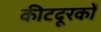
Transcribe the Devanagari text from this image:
कीटदूरकों